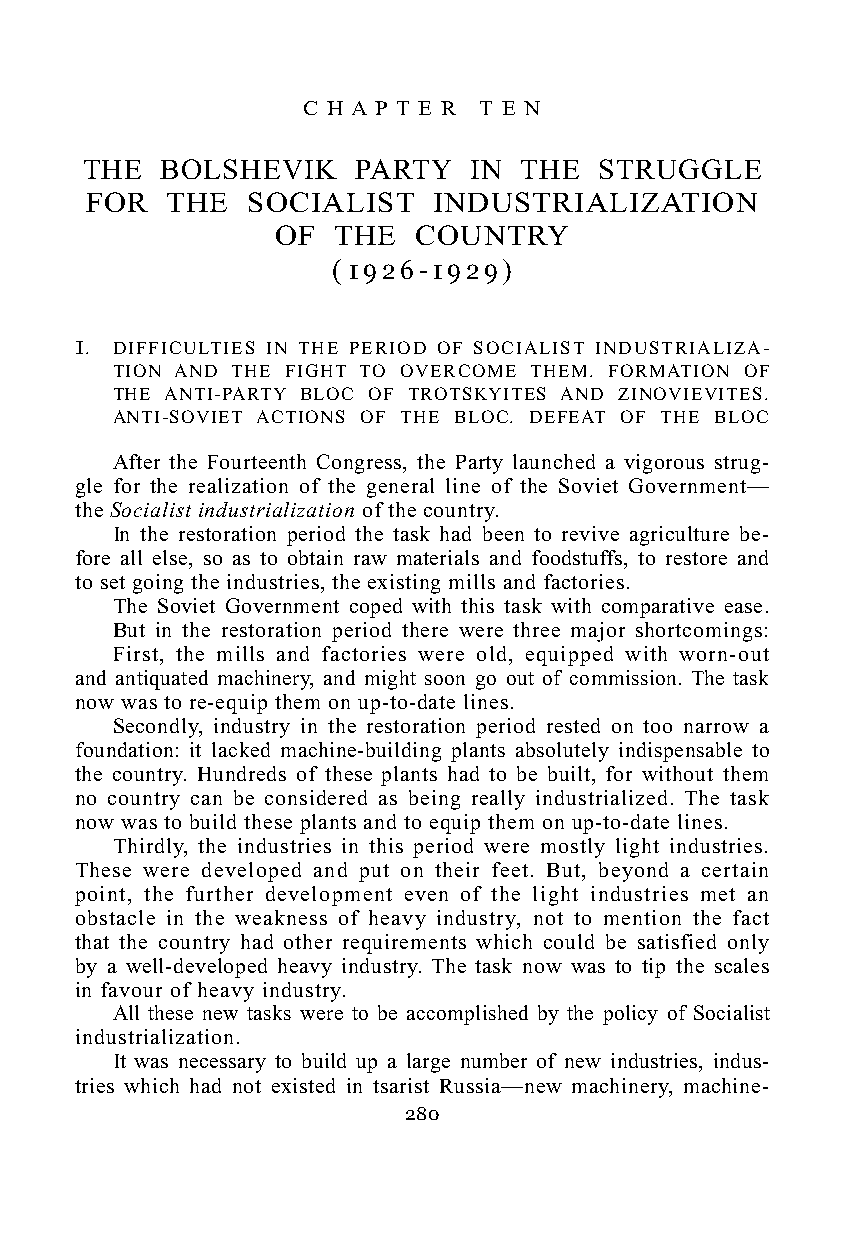
C H A P T E R T E N
 THE   BOLSHEVIK    PARTY  IN THE   STRUGGLE
 FOR  THE  SOCIALIST    INDUSTRIALIZATION
 OF  THE  COUNTRY
 ( 1 9 2 6 - 1 9 2 9 )
 1. DIFFICULTIES IN THE PERIOD OF SOCIALIST INDUSTRIALIZA-
 TION AND THE FIGHT TO OVERCOME THEM. FORMATION OF
 THE ANTI-PARTY BLOC OF TROTSKYITES AND ZINOVIEVITES.
 ANTI-SOVIET ACTIONS OF THE BLOC. DEFEAT OF THE BLOC
 After the Fourteenth Congress, the Party launched a vigorous strug-
 gle for the realization of the general line of the Soviet Government—
 the Socialist industrialization of the country.
 In the restoration period the task had been to revive agriculture be-
 fore all else, so as to obtain raw materials and foodstuffs, to restore and
 to set going the industries, the existing mills and factories.
 The Soviet Government coped with this task with comparative ease.
 But in the restoration period there were three major shortcomings:
 First, the mills and factories were old, equipped with worn-out
 and antiquated machinery, and might soon go out of commission. The task
 now was to re-equip them on up-to-date lines.
 Secondly, industry in the restoration period rested on too narrow a
 foundation: it lacked machine-building plants absolutely indispensable to
 the country. Hundreds of these plants had to be built, for without them
 no country can be considered as being really industrialized. The task
 now was to build these plants and to equip them on up-to-date lines.
 Thirdly, the industries in this period were mostly light industries.
 These were developed and put on their feet. But, beyond a certain
 point, the further development even of the light industries met an
 obstacle in the weakness of heavy industry, not to mention the fact
 that the country had other requirements which could be satisfied only
 by a well-developed heavy industry. The task now was to tip the scales
 in favour of heavy industry.
 All these new tasks were to be accomplished by the policy of Socialist
 industrialization.
 It was necessary to build up a large number of new industries, indus-
 tries which had not existed in tsarist Russia—new machinery, machine-
 280